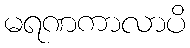
မရဏကာလာပိ